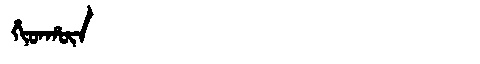
Manchu: ᡥᡳᡨᡥᡡᠨ
Romanization: HITHŪN